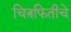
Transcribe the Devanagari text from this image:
चित्रफितीचे